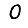
Digit: 0